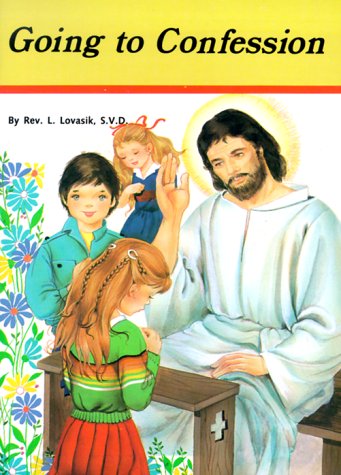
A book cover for Going to Confession; Lawrence G. Lovasik; Christian Books & Bibles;